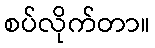
စပ်လိုက်တာ။